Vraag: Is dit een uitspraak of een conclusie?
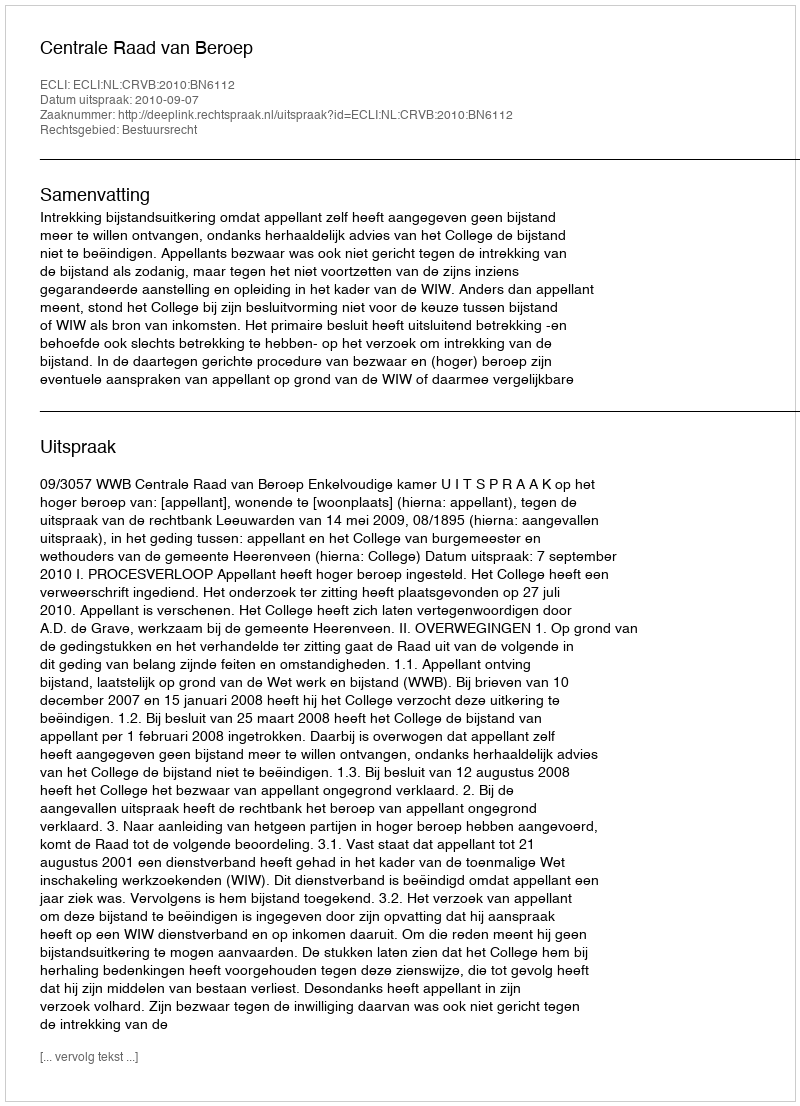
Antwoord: Uitspraak